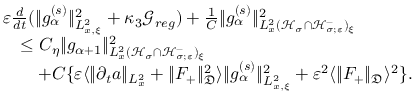
\begin{array} { r l } & { \varepsilon \frac { d } { d t } ( \| g _ { \alpha } ^ { ( s ) } \| _ { L _ { x , \xi } ^ { 2 } } ^ { 2 } + \kappa _ { 3 } \mathscr G _ { r e g } ) + \frac { 1 } { C } \| g _ { \alpha } ^ { ( s ) } \| _ { L _ { x } ^ { 2 } ( \mathcal H _ { \sigma } \cap \mathcal H _ { \sigma ; \varepsilon } ^ { - } ) _ { \xi } } ^ { 2 } } \\ & { \quad \leq C _ { \eta } \| g _ { \alpha + 1 } \| _ { L _ { x } ^ { 2 } ( \mathcal H _ { \sigma } \cap \mathcal H _ { \sigma ; \varepsilon } ^ { - } ) _ { \xi } } ^ { 2 } } \\ & { \quad \quad + C \{ \varepsilon \langle \| \partial _ { t } a \| _ { L _ { x } ^ { 2 } } + \| F _ { + } \| _ { \mathfrak D } ^ { 2 } \rangle \| g _ { \alpha } ^ { ( s ) } \| _ { L _ { x , \xi } ^ { 2 } } ^ { 2 } + \varepsilon ^ { 2 } \langle \| F _ { + } \| _ { \mathfrak D } \rangle ^ { 2 } \} . } \end{array}